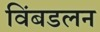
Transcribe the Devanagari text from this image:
विंबडलन